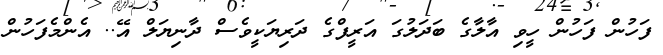
ފަހުން ފަހުން ހީވި އާލާގެ ބަދަލުގަ އަރީފްގެ ދަރިޔަކީވެސް ދާނިޔަލް އޭ.. އެންމެފަހުން